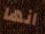
انها